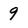
Character: 9